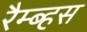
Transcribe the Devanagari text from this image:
रैम्ब्हस